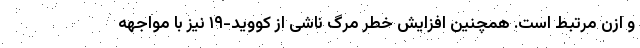
و اُزن مرتبط است. همچنین افزایش خطر مرگ ناشی از کووید-۱۹ نیز با مواجهه